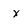
Character: x